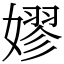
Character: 嫪